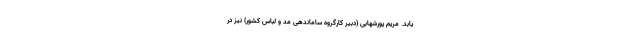
یابد. مریم پورشهابی (دبیر کارگروه ساماندهی مد و لباس کشور) نیز در